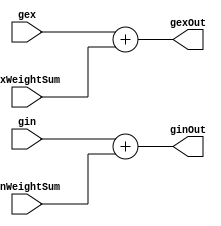
module SynapticIntegrationUnit
#(
	parameter INTEGER_WIDTH = 16,
	parameter DATA_WIDTH_FRAC = 32,
	parameter DATA_WIDTH = INTEGER_WIDTH + DATA_WIDTH_FRAC
)
(
		
	

	input wire signed [(DATA_WIDTH-1):0] gex,
	input wire signed [(DATA_WIDTH-1):0] gin,

	input wire signed [(DATA_WIDTH-1):0] ExWeightSum,
	input wire signed [(DATA_WIDTH-1):0] InWeightSum,

	output wire signed [(DATA_WIDTH-1):0] gexOut,
	output wire signed [(DATA_WIDTH-1):0] ginOut
);



	//Combinational Computation
	assign gexOut = gex + ExWeightSum; 
	assign ginOut = gin + InWeightSum; 


	endmodule